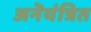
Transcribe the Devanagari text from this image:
अनॆयंत्रित